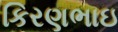
કિરણભાઇ